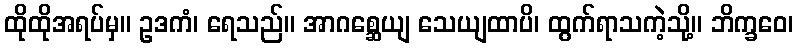
ထိုထိုအရပ်မှ။ ဥဒကံ၊ ရေသည်။ အာဂစ္ဆေယျ သေယျထာပိ၊ ထွက်ရာသကဲ့သို့။ ဘိက္ခဝေ၊